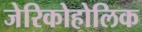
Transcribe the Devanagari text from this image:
जेरिकोहोलिक